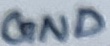
Text: GND